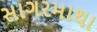
સાગરમાથા